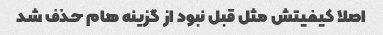
اصلا کیفیتش مثل قبل نبود از گزینه هام حذف شد